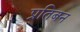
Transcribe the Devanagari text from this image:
प्रतिबन